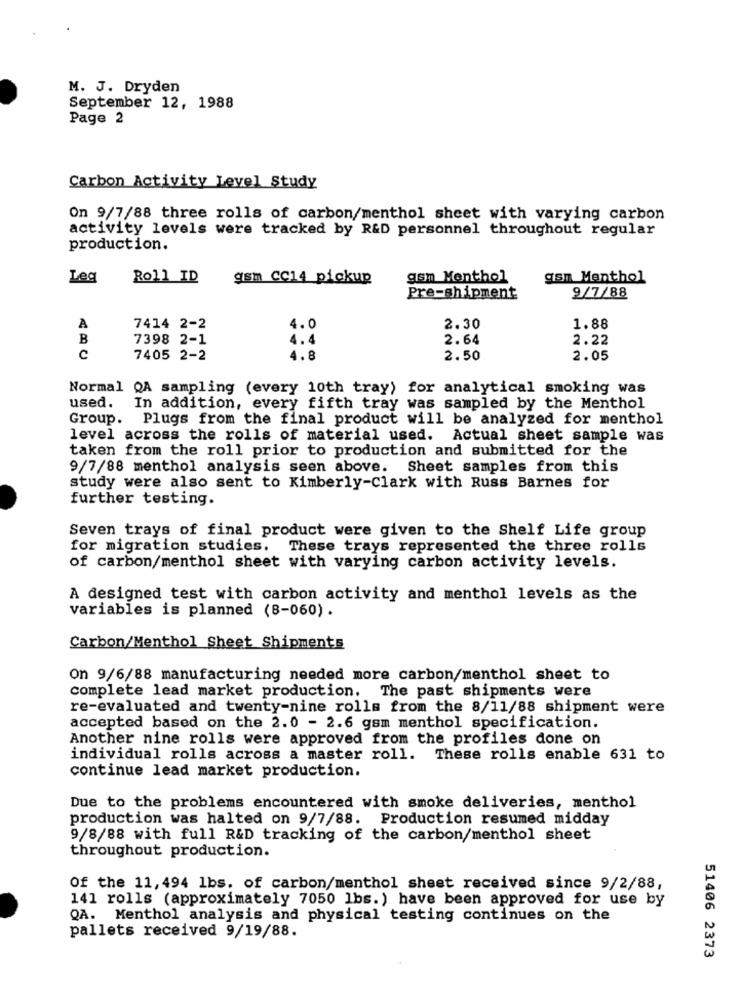
M. J. Dryden
September 12, 1988
Page 2
Carbon Activity Level Study
On 9/7/88 three rolls of carbon/menthol sheet with varying carbon
activity levels were tracked by R&D personnel throughout regular
production.
Leg
Roll_ID
gsm CC14 pickup
gsm Menthol
gsm Menthol
9/7/88
Pre-shipment
4.0
A
7414 2-2
2.30
1.88
B
7398 2-1
4.4
2.64
2.22
C
7405 2-2
4.8
2.50
2.05
Normal QA sampling (every 10th tray) for analytical smoking was
used.
In addition, every fifth tray was sampled by the Menthol
Group.
Plugs from the final product will be analyzed for menthol
level across the rolls of material used. Actual sheet sample was
taken from the roll prior to production and submitted for the
9/7/88 menthol analysis seen above. Sheet samples from this
study were also sent to Kimberly-Clark with Russ Barnes for
further testing.
Seven trays of final product were given to the Shelf Life group
for migration studies. These trays represented the three rolls
of carbon/menthol sheet with varying carbon activity levels.
A designed test with carbon activity and menthol levels as the
variables is planned (8-060).
Carbon/Menthol Sheet Shipments
On 9/6/88 manufacturing needed more carbon/menthol sheet to
complete lead market production. The past shipments were
re-evaluated and twenty-nine rolls from the 8/11/88 shipment were
accepted based on the 2.0 - 2.6 gsm menthol specification.
Another nine rolls were approved from the profiles done on
individual rolls across a master roll. These rolls enable 631 to
continue lead market production.
Due to the problems encountered with smoke deliveries, menthol
production was halted on 9/7/88. Production resumed midday
9/8/88 with full R&D tracking of the carbon/menthol sheet
throughout production.
Of the 11, 494 lbs. of carbon/menthol sheet received since 9/2/88,
141 rolls (approximately 7050 lbs.) have been approved for use by
QA. Menthol analysis and physical testing continues on the
pallets received 9/19/88.
51406 2373